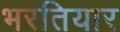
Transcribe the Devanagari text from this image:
भरतियार